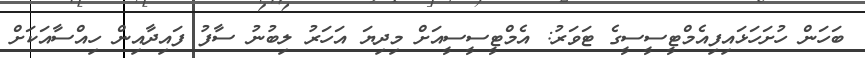
ބަހަން ހުށަހަޅައިފިއެމްޓީސީސީގެ ޓަވަރު: އެމްޓީސީސީއަށް މިދިޔަ އަހަރު ލިބުނު ސާފު ފައިދާއިން ހިއްސާއަކަށް